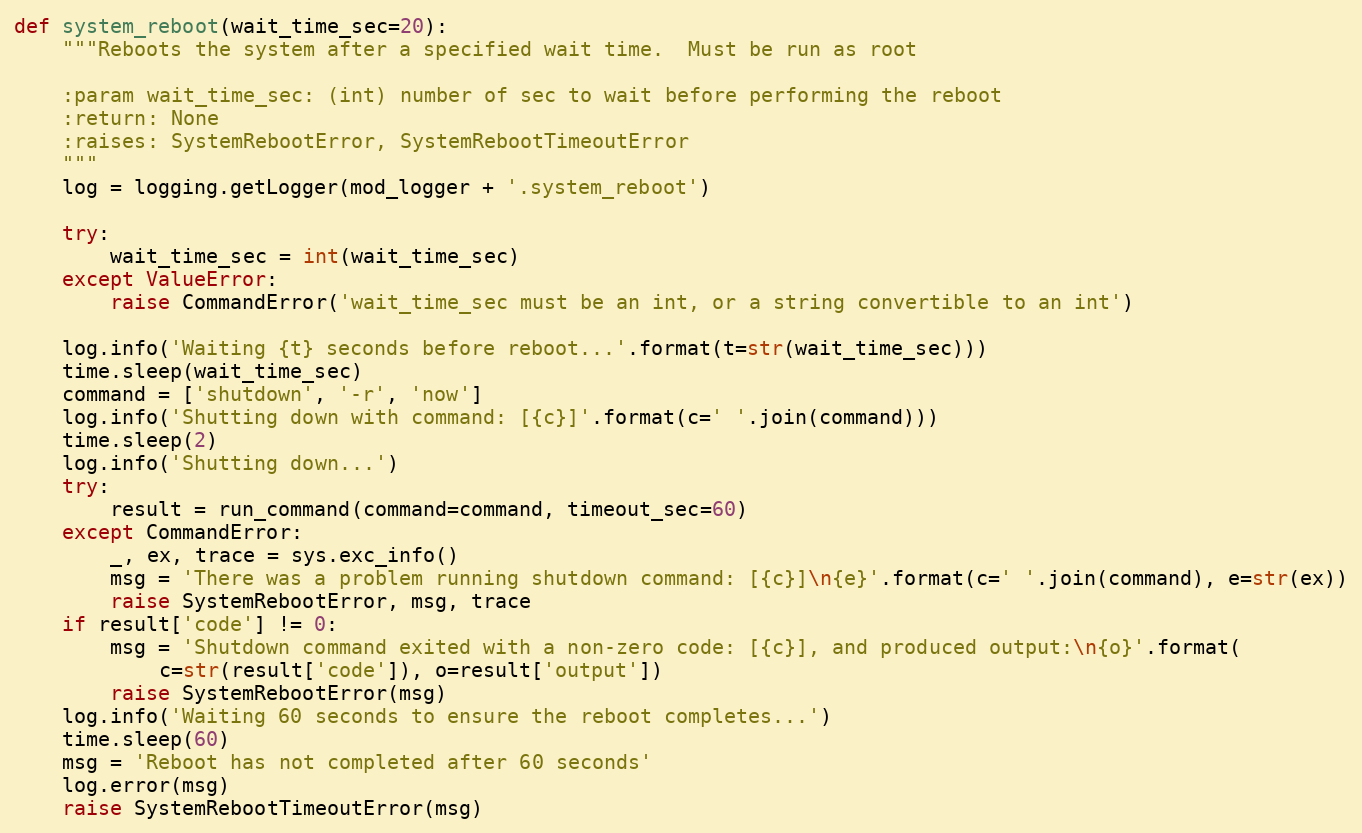
Language: Python
def system_reboot(wait_time_sec=20):
    """Reboots the system after a specified wait time.  Must be run as root

    :param wait_time_sec: (int) number of sec to wait before performing the reboot
    :return: None
    :raises: SystemRebootError, SystemRebootTimeoutError
    """
    log = logging.getLogger(mod_logger + '.system_reboot')

    try:
        wait_time_sec = int(wait_time_sec)
    except ValueError:
        raise CommandError('wait_time_sec must be an int, or a string convertible to an int')

    log.info('Waiting {t} seconds before reboot...'.format(t=str(wait_time_sec)))
    time.sleep(wait_time_sec)
    command = ['shutdown', '-r', 'now']
    log.info('Shutting down with command: [{c}]'.format(c=' '.join(command)))
    time.sleep(2)
    log.info('Shutting down...')
    try:
        result = run_command(command=command, timeout_sec=60)
    except CommandError:
        _, ex, trace = sys.exc_info()
        msg = 'There was a problem running shutdown command: [{c}]\n{e}'.format(c=' '.join(command), e=str(ex))
        raise SystemRebootError, msg, trace
    if result['code'] != 0:
        msg = 'Shutdown command exited with a non-zero code: [{c}], and produced output:\n{o}'.format(
            c=str(result['code']), o=result['output'])
        raise SystemRebootError(msg)
    log.info('Waiting 60 seconds to ensure the reboot completes...')
    time.sleep(60)
    msg = 'Reboot has not completed after 60 seconds'
    log.error(msg)
    raise SystemRebootTimeoutError(msg)